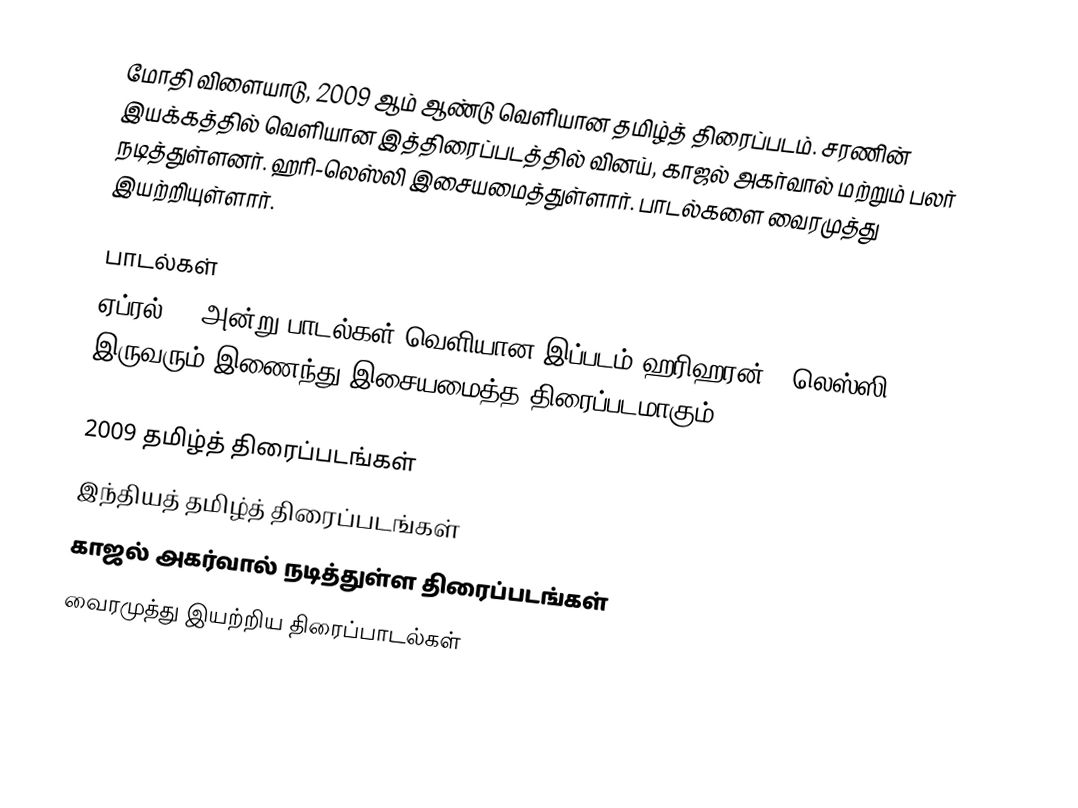
மோதி விளையாடு, 2009 ஆம் ஆண்டு வெளியான தமிழ்த் திரைப்படம். சரணின் இயக்கத்தில் வெளியான இத்திரைப்படத்தில் வினய், காஜல் அகர்வால் மற்றும் பலர் நடித்துள்ளனர். ஹரி-லெஸ்லி இசையமைத்துள்ளார். பாடல்களை வைரமுத்து இயற்றியுள்ளார்.

பாடல்கள்
ஏப்ரல் 28 அன்று பாடல்கள் வெளியான இப்படம்  ஹரிஹரன் - லெஸ்ஸி இருவரும் இணைந்து இசையமைத்த திரைப்படமாகும்.

2009 தமிழ்த் திரைப்படங்கள்
இந்தியத் தமிழ்த் திரைப்படங்கள்
காஜல் அகர்வால் நடித்துள்ள திரைப்படங்கள்
வைரமுத்து இயற்றிய திரைப்பாடல்கள்